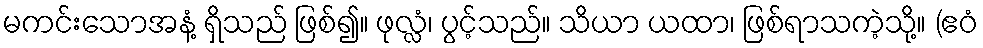
မကင်းသောအနံ့ ရှိသည် ဖြစ်၍။ ဖုလ္လံ၊ ပွင့်သည်။ သိယာ ယထာ၊ ဖြစ်ရာသကဲ့သို့။ (ဧဝံ